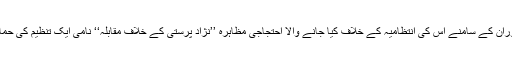
مک ڈونلڈ ریستوران کے سامنے اس کی انتظامیہ کے خلاف کیا جانے والا احتجاجی مظاہرہ ’’نژاد پرستی کے خلاف مقابلہ‘‘ نامی ایک تنظیم کی حمایت سے کیا گیا۔